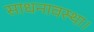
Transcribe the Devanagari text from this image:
साधनावस्था।